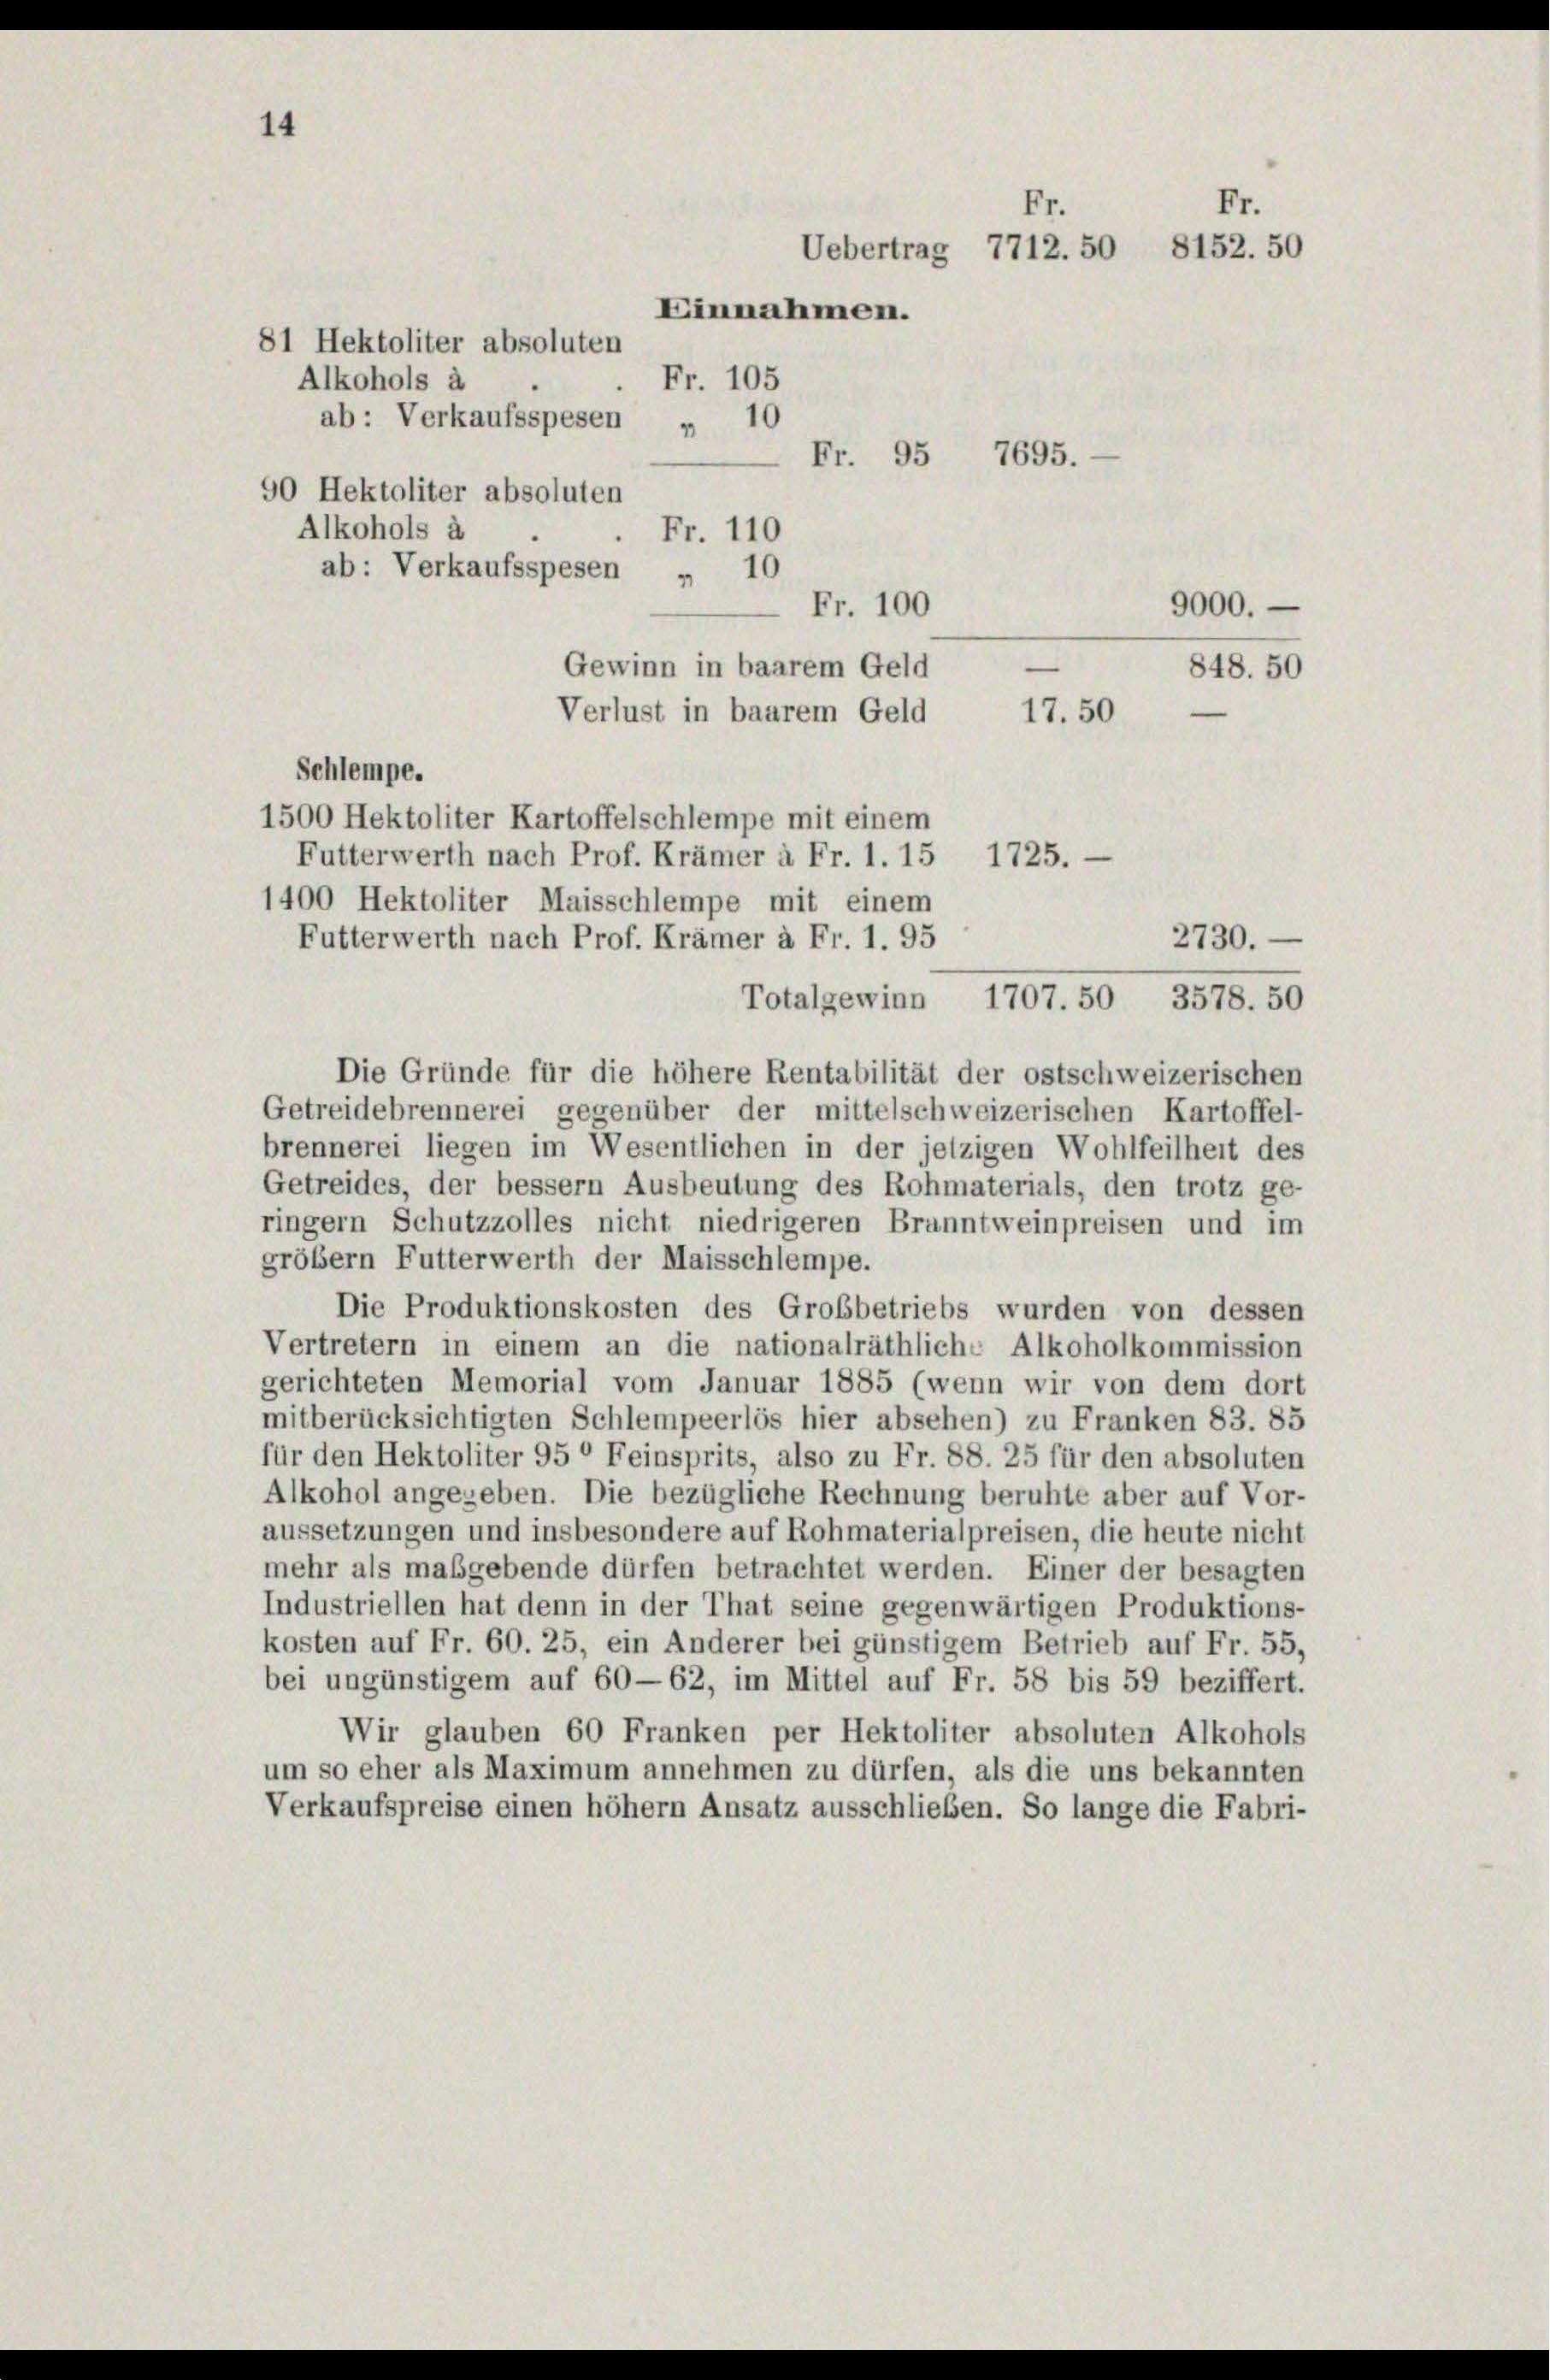
Fr.
Fr.
Uebertrag 7712. 50 8152. 50
Einnahmen.
Fr. 105
Alkohols à
1
ab: Verkaufsspesen
"
 Fr. 95
7695.
90 Hektoliter absoluten
Alkohols à
Fr. 110
ab: Verkaufsspesen
" 10
Fr. 100
9000.

14

81 Hektoliter absoluten

848. 50
17. 50
Schlempe.
Futterwerth nach Prof. Krämer à Fr. 1. 15 1725.
1400 Hektoliter Maisschlempe mit einem
Futterwerth nach Prof. Krämer à Fr. 1. 95
Totalgewinn
Die Gründe für die höhere Rentabilität der ostschweizerischen
Getreidebrennerei gegenüber der mittelschweizerischen Kartoffel-
brennerei liegen im Wesentlichen in der jetzigen Wohlfeilheit des
Getreides, der bessern Ausbeutung des Rohmaterials, den trotz ge-
ringern Schutzzolles nicht niedrigeren Branntweinpreisen und im
größern Futterwerth der Maisschlempe.
Die Produktionskosten des Großbetriebs wurden von dessen
Vertretern in einem an die nationalräthliche Alkoholkommission
gerichteten Memorial vom Januar 1885 (wenn wir von dem dort
mitberücksichtigten Schlempeerlös hier absehen) zu Franken 83. 85
für den Hektoliter 95° Feinsprits, also zu Fr. 88. 25 für den absoluten
Alkohol angegeben. Die bezügliche Rechnung beruhte aber auf Vor-
aussetzungen und insbesondere auf Rohmaterialpreisen, die heute nicht
mehr als maßgebende dürfen betrachtet werden. Einer der besagten
Industriellen hat denn in der That seine gegenwärtigen Produktions-
kosten auf Fr. 60. 25, ein Anderer bei günstigem Betrieb auf Fr. 55,
bei ungünstigem auf 60—62, im Mittel auf Fr. 58 bis 59 beziffert.
Wir glauben 60 Franken per Hektoliter absoluten Alkohols
um so eher als Maximum annehmen zu dürfen, als die uns bekannten
Verkaufspreise einen höhem Ansatz ausschließen. So lange die Fabri-

Gewinn in baarem Geld
Verlust in baarem Geld
1500 Hektoliter Kartoffelschlempe mit einem

2730.
1707. 50, 3578. 50